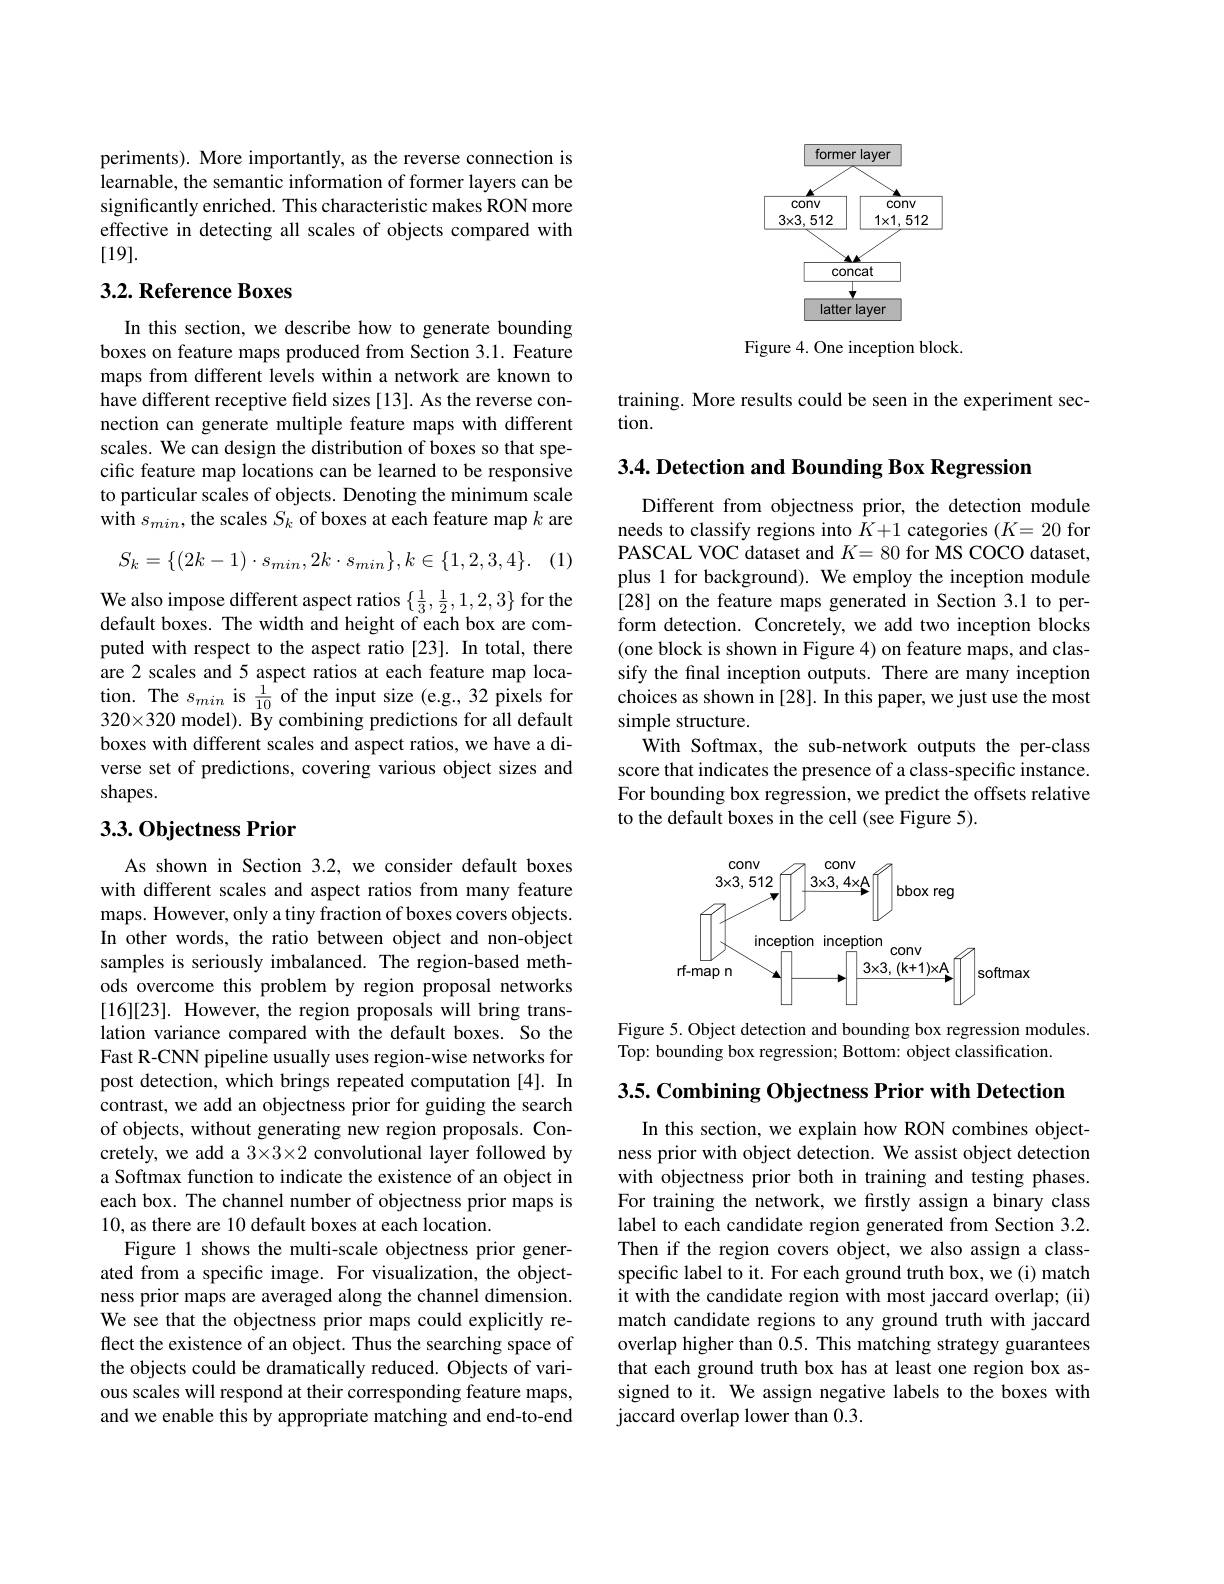
periments). More importantly, as the reverse connection is learnable, the semantic information of former layers can be significantly enriched. This characteristic makes RON more effective in detecting all scales of objects compared with [19].

## 3.2. Reference Boxes

In this section, we describe how to generate bounding boxes on feature maps produced from Section 3.1. Feature maps from different levels within a network are known to have different receptive field sizes [13]. As the reverse connection can generate multiple feature maps with different scales. We can design the distribution of boxes so that specific feature map locations can be learned to be responsive to particular scales of objects. Denoting the minimum scale with $s_min$,the scales $S_k$ of boxes at each feature map $k$ are

(1)
$$S_k=\{(2k-1)\cdot s_{min},2k\cdot s_{min}\},k\in\{1,2,3,4\}.$$
We also impose different aspect ratios $\{\frac13,\frac12,1,2,3\}$ for the default boxes. The width and height of each box are computed with respect to the aspect ratio [23]. In total, there are 2 scales and 5 aspect ratios at each feature map location. The $s_{min}$ is $\frac1{10}$ of the input size (e.g.,32 pixels for $320\times320$ model). By combining predictions for all default boxes with different scales and aspect ratios, we have a diverse set of predictions, covering various object sizes and shapes.

## 3.3.0bjectness Prior

As shown in Section 3.2, we consider default boxes with different scales and aspect ratios from many feature maps. However, only a tiny fraction of boxes covers objects. In other words, the ratio between object and non-object samples is seriously imbalanced. The region-based methods overcome this problem by region proposal networks [16][23]. However, the region proposals will bring translation variance compared with the default boxes. So the Fast R-CNN pipeline usually uses region-wise networks for post detection, which brings repeated computation [4]. In contrast, we add an objectness prior for guiding the search of objects, without generating new region proposals. Concretely, we add a 3×3×2 convolutional layer followed by a Softmax function to indicate the existence of an object in each box. The channel number of objectness prior maps is 10, as there are 10 default boxes at each location.
Figure 1 shows the multi-scale objectness prior generated from a specific image. For visualization, the objectness prior maps are averaged along the channel dimension. We see that the objectness prior maps could explicitly reflect the existence of an object. Thus the searching space of the objects could be dramatically reduced. Objects of various scales will respond at their corresponding feature maps, and we enable this by appropriate matching and end-to-end

<FigureHere>

Figure 4. One inception block.

training. More results could be seen in the experiment sec-
tion.

3.4. Detection and Bounding Box Regression

Different from objectness prior, the detection module needs to classify regions into $K+1$ categories $(K=20$ for PASCAL VOC dataset and $K=80$ for MS COCO dataset, plus 1 for background). We employ the inception module [28] on the feature maps generated in Section 3.1 to perform detection. Concretely, we add two inception blocks (one block is shown in Figure 4) on feature maps, and classify the final inception outputs. There are many inception choices as shown in [28]. In this paper, we just use the most simple structure.
$\hat{\text{With Softmax, the sub-network outputs the per-class}}$ score that indicates the presence of a class-specific instance. For bounding box regression, we predict the offsets relative to the default boxes in the cell (see Figure 5).

<FigureHere>

Figure 5. Object detection and bounding box regression modules.
Top: bounding box regression; Bottom: object classification.

3.5. Combining Objectness Prior with Detection

In this section, we explain how RON combines objectness prior with object detection. We assist object detection with objectness prior both in training and testing phases. For training the network, we firstly assign a binary class label to each candidate region generated from Section 3.2. Then if the region covers object, we also assign a classspecific label to it. For each ground truth box, we (i) match it with the candidate region with most jaccard overlap; (ii) match candidate regions to any ground truth with jaccard overlap higher than 0.5. This matching strategy guarantees that each ground truth box has at least one region box assigned to it. We assign negative labels to the boxes with jaccard overlap lower than 0.3.